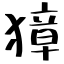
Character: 獐